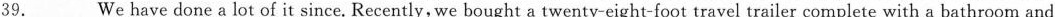
39.___ We have done a lot of it since. Recently, we bought a twenty-eight-foot travel trailer complete with